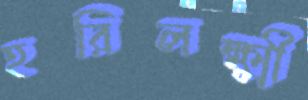
হরিলক্ষ্মী